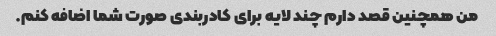
من همچنین قصد دارم چند لایه برای کادربندی صورت شما اضافه کنم.